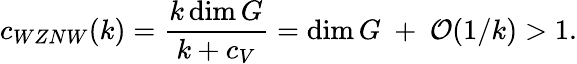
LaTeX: c_{WZNW}(k)={\frac{k\dim G}{k+c_{V}}}=\dim G~+~{\cal O}(1/k)>1.